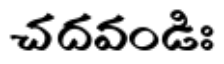
చదవండిః